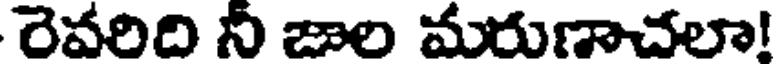
రెవరిది నీ జాల మరుణాచలా!